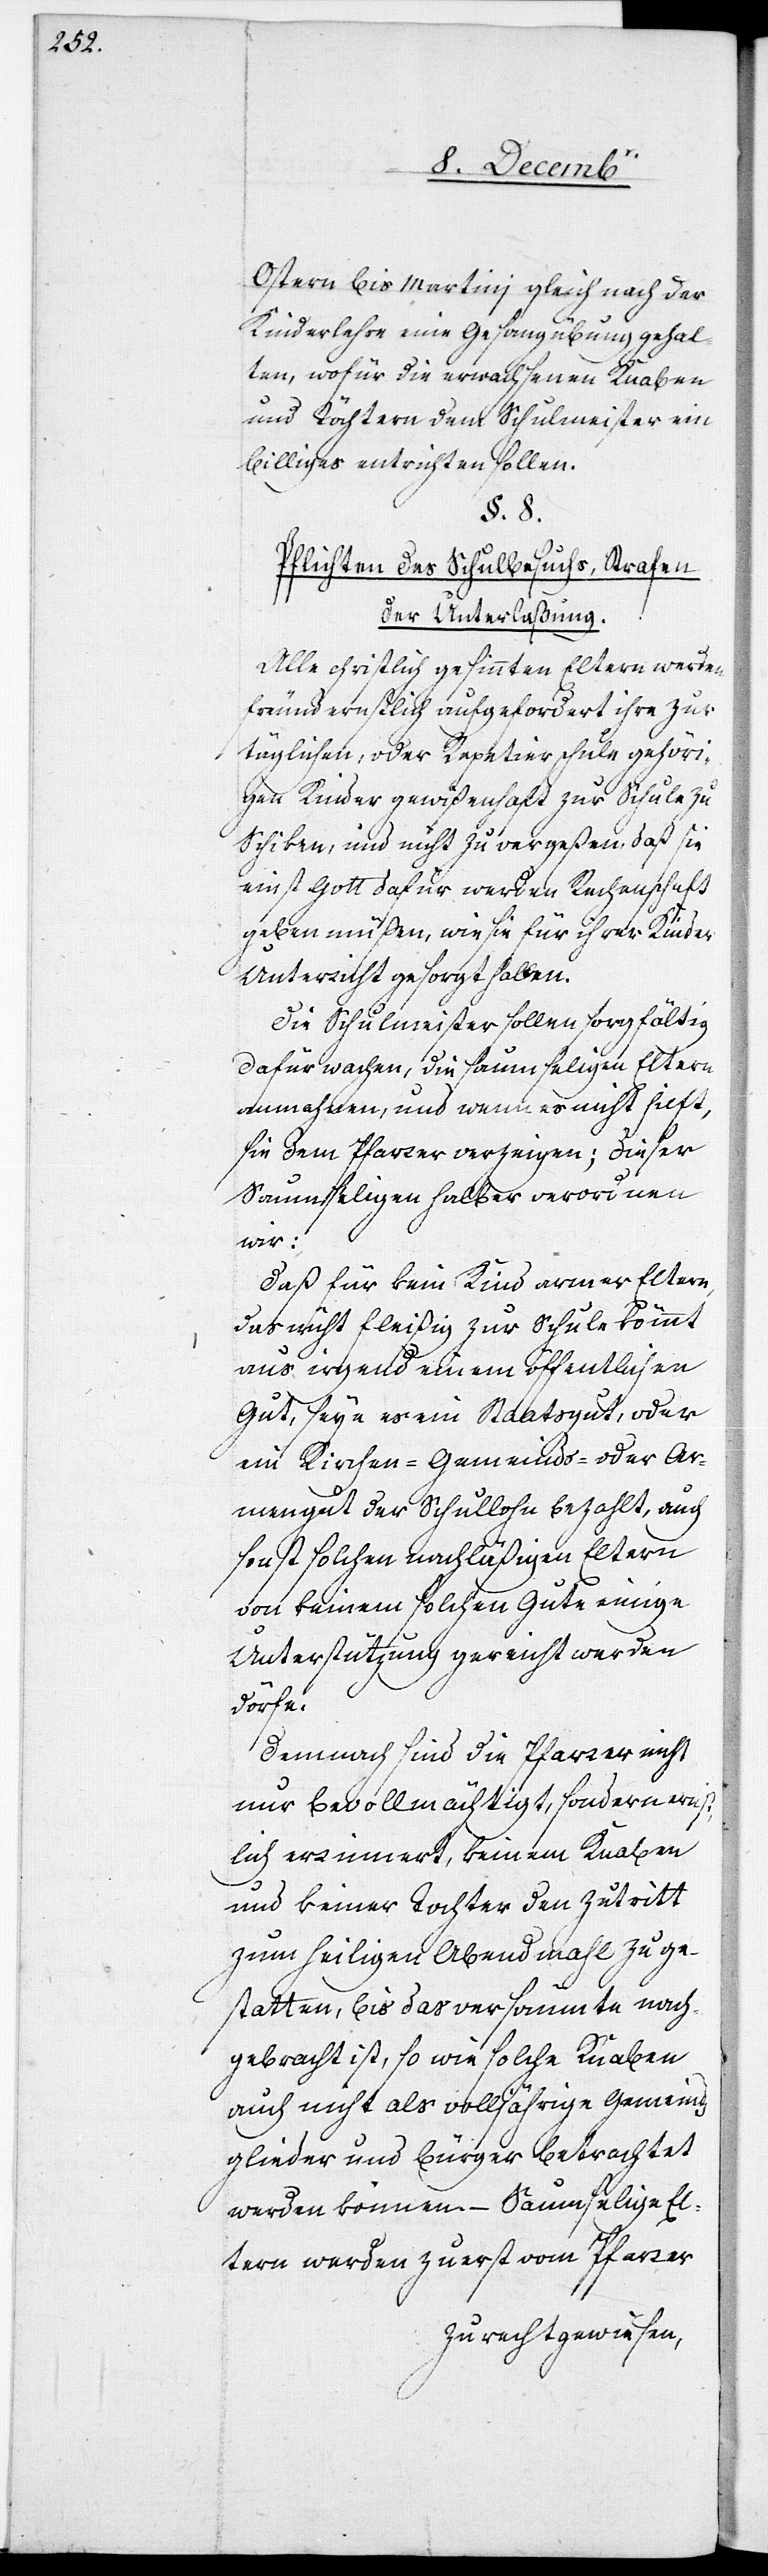
Ostern bis Martini gleich nach der
Kinderlehre eine Gesangübung gehal¬
ten, wofür die erwachsenen Knaben
und Töchtern dem Schulmeister ein
billiges entrichten sollen.
§. 8.
Pflichten des Schulbesuchs, Strafen
der Unterlaßung.
Alle christlich gesinnten Eltern werden
freundernstlich aufgefordert ihre zur
täglichen, oder Repetierschule gehöri¬
gen Kinder gewißenhaft zur Schule zu
schiken, und nicht zu vergeßen, daß sie
einst Gott dafür werden Rechenschaft
geben müßen, wie sie für ihrer Kinder
Unterricht gesorgt haben.
Die Schulmeister sollen sorgfältig
dafür wachen, die saumseligen Eltern
anmahnen, und wenn es nicht hilft,
sie dem Pfarrer verzeigen; dieser
Saumseligen halber verordnen
wir:
Daß für kein Kind armer Eltern,
das nicht fleißig zur Schule kommt
aus irgend einem öffentlichen
Gut, seye es ein Staatsgut, oder
ein Kirchen-[,] Gemeinds- oder Ar¬
mengut der Schullohn bezahlt, auch
sonst solchen nachläßigen Eltern
von keinem solchen Gute einige
Unterstützung gereicht werden
dörfe.
Demnach sind die Pfarrer nicht
nur bevollmächtigt, sondern ernst¬
lich erinnert, keinem Knaben
und keiner Tochter den Zutritt
zum heiligen Abendmahl zu ge¬
statten, bis das versäumte nach¬
gebracht ist, so wie solche Knaben
auch nicht als volljährige Gemeinds¬
glieder und Bürger betrachtet
werden können. – Saumselige El¬
tern werden zuerst vom Pfarrer